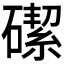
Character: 𪿶